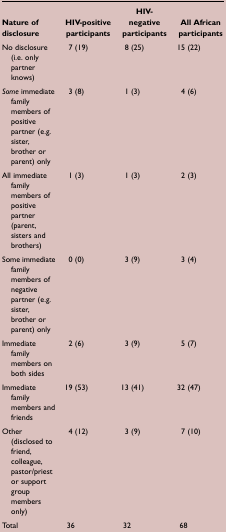
| Nature of disclosure | HIV-positive participants | HIV-negative participants | All African participants |
 | --- | --- | --- | --- |
 | No disclosure (i.e. only partner knows) | 7 (19) | 8 (25) | 15 (22) |
 | Some immediate family members of positive partner (e.g. sister, brother or parent) only | 3 (8) | 1 (3) | 4 (6) |
 | All immediate family members of positive partner (parent, sisters and brothers) | 1 (3) | 1 (3) | 2 (3) |
 | Some immediate family members of negative partner (e.g. sister, brother or parent) only | 0 (0) | 3 (9) | 3 (4) |
 | Immediate family members on both sides | 2 (6) | 3 (9) | 5 (7) |
 | Immediate family members and friends | 19 (53) | 13 (41) | 32 (47) |
 | Other (disclosed to friend, colleague, pastor/priest or support group members only) | 4 (12) | 3 (9) | 7 (10) |
 | Total | 36 | 32 | 68 |